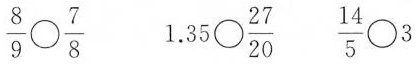
$$\frac { 8 } { 9 } \circ \frac { 7 } { 8 }$$ $$1 . 3 5 \circ \frac { 2 7 } { 2 0 }$$ $$\frac { 1 4 } { 5 } \circ 3$$